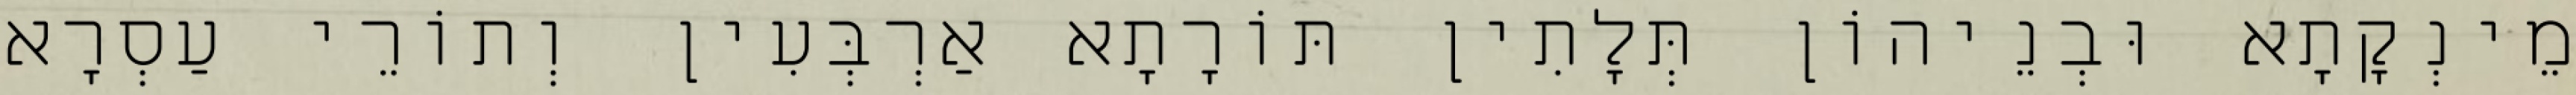
מֵינְקָתָא וּבְנֵיהוֹן תְּלָתִין תּוֹרָתָא אַרְבְּעִין וְתוֹרֵי עַסְרָא